Civil Veterinary Department. Madras. Admin. report 1910-25 - 1910-1925
Year: 1910
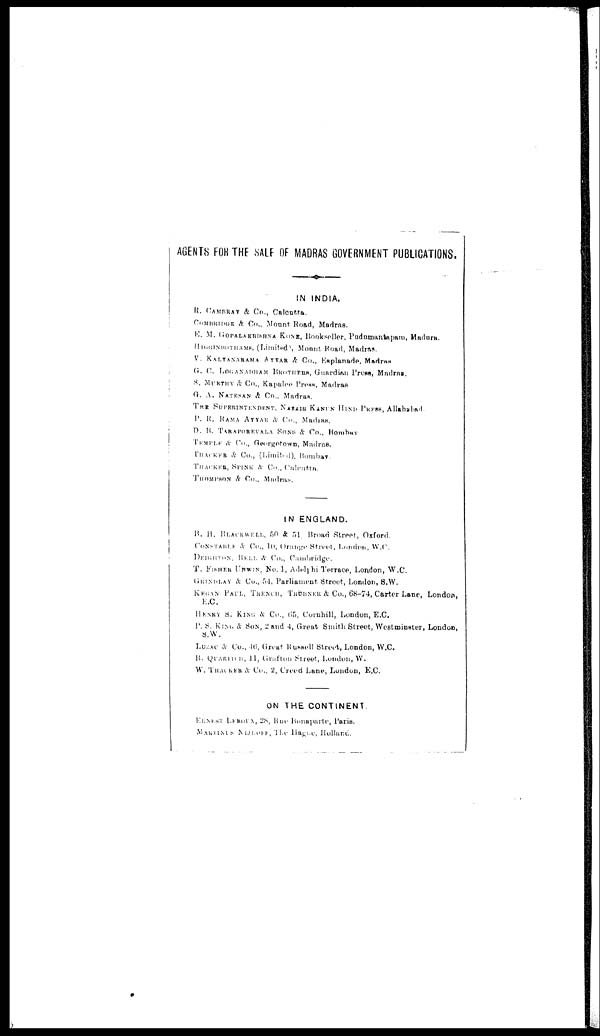
AGENTS FOR THE SALF OF MADRAS GOVERNMENT PUBLICATIONS.
IN INDIA.
R. CAMBAY & Co., Calcutta.
CAMBRIDGE & Co., Mount Road, Madras.
E. M. GOPALAKRISHNA KONE, Bookseller, Pudumantapam, Madura.
HIGGINBOTHAMS, (Limited), Mount Road, Madras.
V. KALYANARAMA AYYAR & Co., Esplanade, Madras
G. C. LOGANADHAM BROTHERS, Guardian Press, Madras.
S. MURTHY & Co., Kapalee Press, Madras
G. A. NATESON & Co., Madras.
THE SUPERINTENDENT, NAZAIR KANUS HIND PRESS, Allahabad.
P. R. RAMA AYYAR & Co., Madras.
D. B. TARAPORVALA SONS & Co., Bombay
TEMPLE & Co., Georgotown, Madras.
THACKER & Co., (Limited), Bombay.
THACKER, SPINK & Co., Calcutta.
THOMPSON & Co., Madras.
IN ENGLAND.
B. H. BLACKWELL, 50 & 51 Broad Street, Oxford.
CONSTABLE & Co., 10, Orange Street, London, W.C.
DEIGHTON, BELL & Co., Cambridge.
T. FISHER UNWIN, No. 1, Adelphi Terrace, London, W.C.
GRINDLAY & Co., 54, Parliament Street, London, S.W.
KEGAN PAUL, TRENCH, TRÜBNER & Co., 68-74, Carter Lane, London,
E.C.
HENRY S. KING & Co., 65, Cornhill, London, E.C
P. S. KING & SON, 2 and 4, Great Smith Street, Westminster, London,
S.W.
LUZAC & Co., 46, Great Russell Street, London, W.C.
B. QUARITCH, H, Grafton Street, London, W.
W. THACKER & Co., 2, Creed Lane, London, E.C.
ON THE CONTINENT.
ERNEST LEROUN, 28, Rue Bonaparte, Paris.
MARTINUS MIJEOFF,The Hague, Holland.